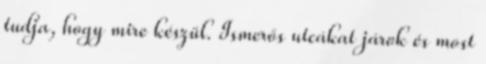
tudja, hogy mire készül. Ismerős utcákat járok és most